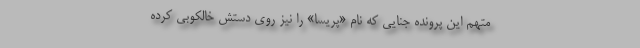
متهم این پرونده جنایی که نام «پریسا» را نیز روی دستش خالکوبی کرده